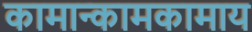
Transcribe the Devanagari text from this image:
कामान्कामकामाय